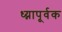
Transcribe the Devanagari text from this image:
ध्य्नापूर्वक